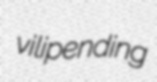
vilipending